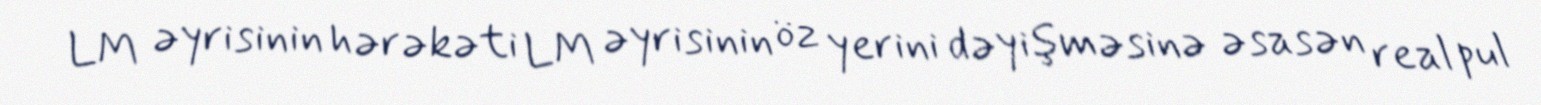
LM əyrisinin hərəkəti LM əyrisinin öz yerini dəyişməsinə əsasən real pul